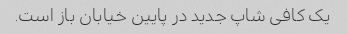
یک کافی شاپ جدید در پایین خیابان باز است.